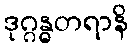
ဒုဂ္ဂန္ဓတရာနိ